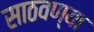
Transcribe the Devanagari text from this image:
साठवण्या